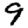
Digit: 9